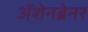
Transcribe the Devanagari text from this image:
ॲशेनब्रेनर